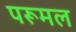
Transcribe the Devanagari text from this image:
परूमल